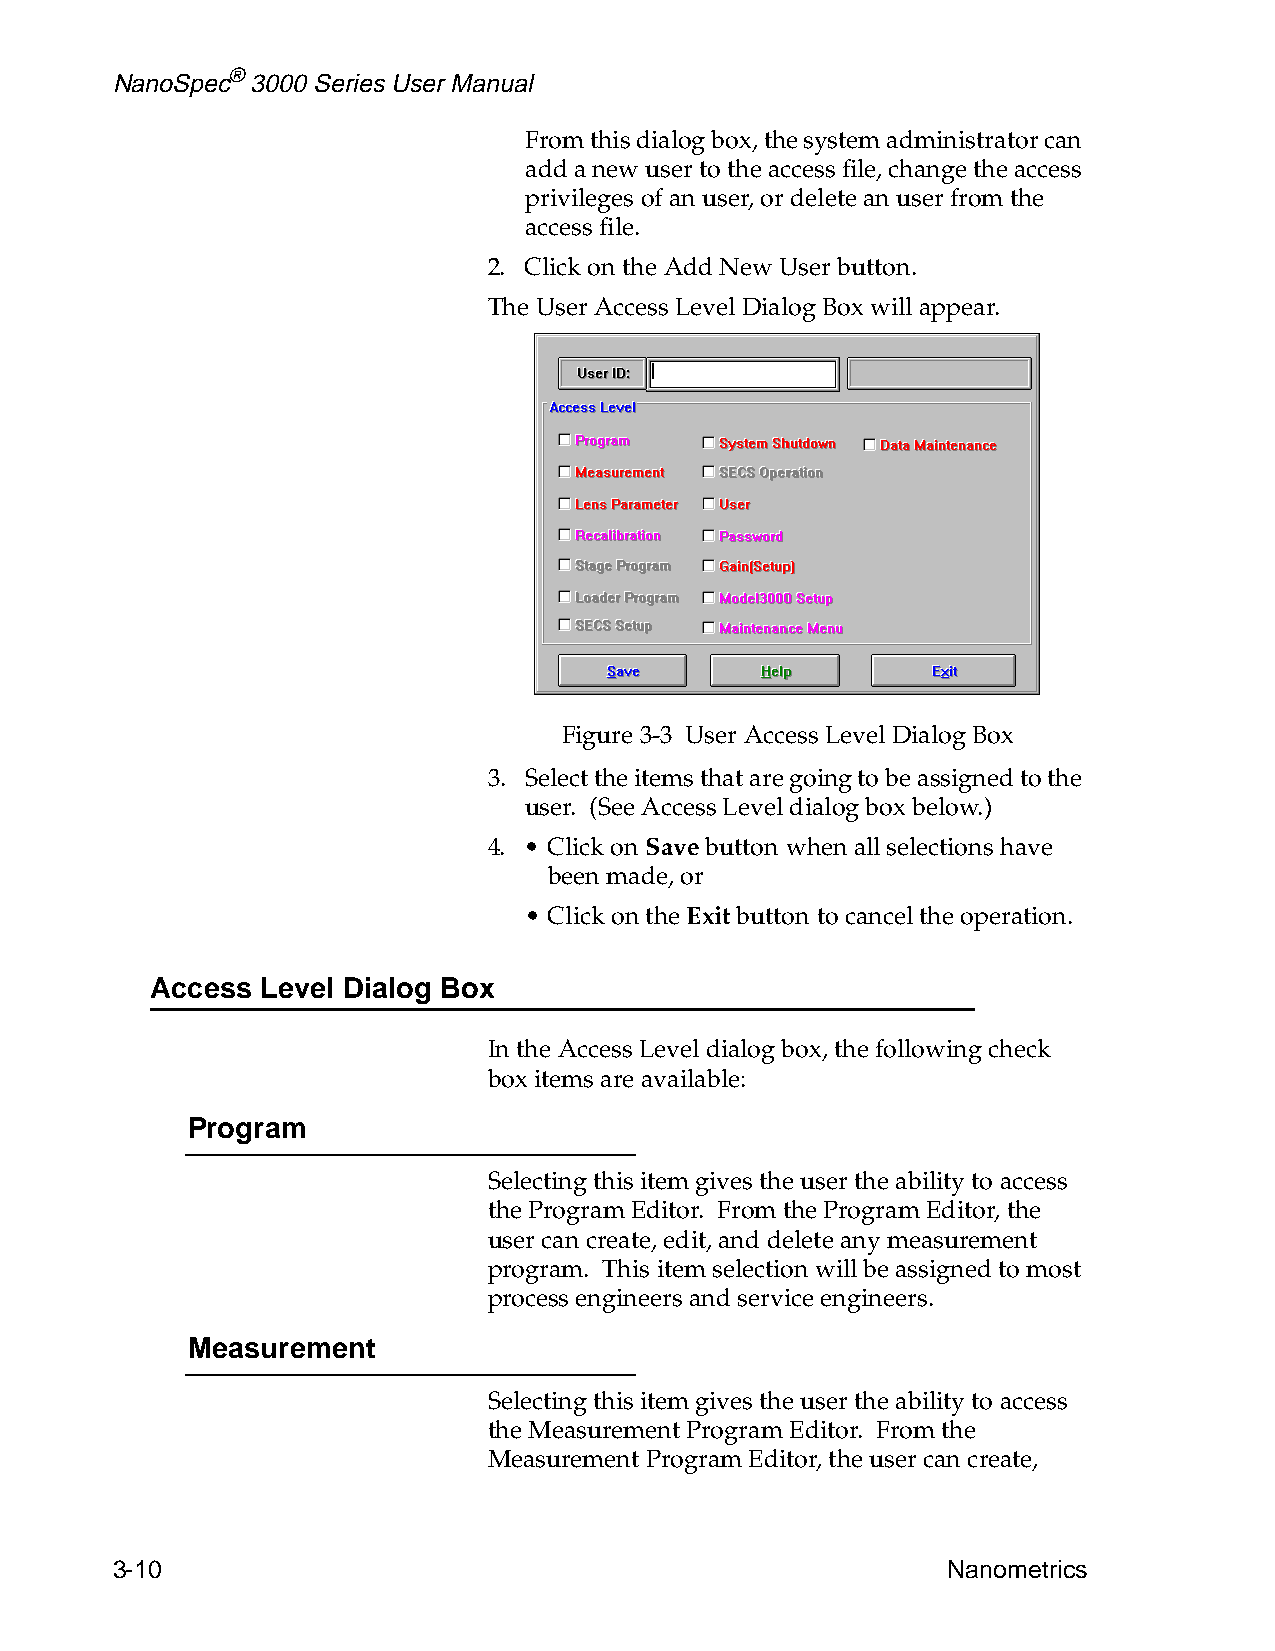
NanoSpec® 3000 Series User Manual
 From this dialog box, the system administrator can
 add a new user to the access file, change the access
 privileges of an user, or delete an user from the
 access file.
 2. Click on the Add New User button.
 The User Access Level Dialog Box will appear.
 Figure 3-3 User Access Level Dialog Box
 3. Select the items that are going to be assigned to the
 user. (See Access Level dialog box below.)
 4. • Click on Save button when all selections have
 been made, or
 • Click on the Exit button to cancel the operation.
 Access Level Dialog Box
 In the Access Level dialog box, the following check
 box items are available:
 Program
 Selecting this item gives the user the ability to access
 the Program Editor. From the Program Editor, the
 user can create, edit, and delete any measurement
 program. This item selection will be assigned to most
 process engineers and service engineers.
 Measurement
 Selecting this item gives the user the ability to access
 the Measurement Program Editor. From the
 Measurement Program Editor, the user can create,
 3-10                                                    Nanometrics